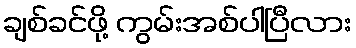
ချစ်ခင်ဖို့ ကွမ်းအစ်ပါပြီလား